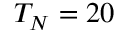
T _ { N } = 2 0